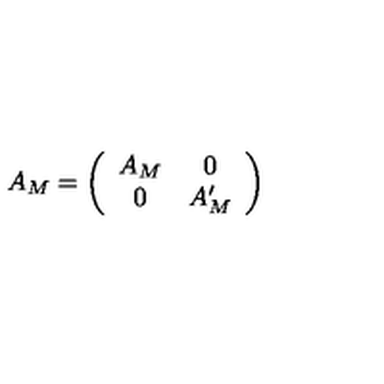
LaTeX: A _ { M } = \left( \begin{array} { c c } { A _ { M } } & { 0 } \\ { 0 } & { A _ { M } ^ { \prime } } \\ \end{array} \right)